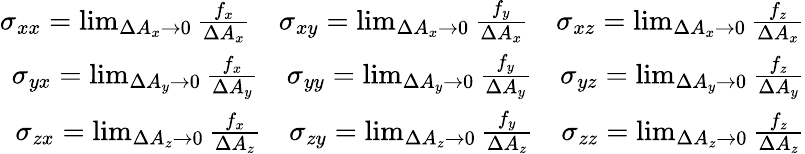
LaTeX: \begin{array}{r}{\sigma_{xx}=\operatorname*{lim}_{\Delta A_{x}\to 0}\frac{f_{x}}{\Delta A_{x}}\quad\sigma_{xy}=\operatorname*{lim}_{\Delta A_{x}\to 0}\frac{f_{y}}{\Delta A_{x}}\quad\sigma_{xz}=\operatorname*{lim}_{\Delta A_{x}\to 0}\frac{f_{z}}{\Delta A_{x}}}\\ {\sigma_{yx}=\operatorname*{lim}_{\Delta A_{y}\to 0}\frac{f_{x}}{\Delta A_{y}}\quad\sigma_{yy}=\operatorname*{lim}_{\Delta A_{y}\to 0}\frac{f_{y}}{\Delta A_{y}}\quad\sigma_{yz}=\operatorname*{lim}_{\Delta A_{y}\to 0}\frac{f_{z}}{\Delta A_{y}}}\\ {\sigma_{zx}=\operatorname*{lim}_{\Delta A_{z}\to 0}\frac{f_{x}}{\Delta A_{z}}\quad\sigma_{zy}=\operatorname*{lim}_{\Delta A_{z}\to 0}\frac{f_{y}}{\Delta A_{z}}\quad\sigma_{zz}=\operatorname*{lim}_{\Delta A_{z}\to 0}\frac{f_{z}}{\Delta A_{z}}}\end{array}